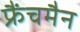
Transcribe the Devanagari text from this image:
फ्रैंचमैन